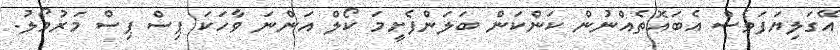
އޭގަލިޔަފަވެސް އެބައޮތެއްނުން ކަންކަން ބަލަންފެށީމަ ކޯލް އަންނަ ވާހަކަ ޕިސް ޕިސް މަރުމޯލު.